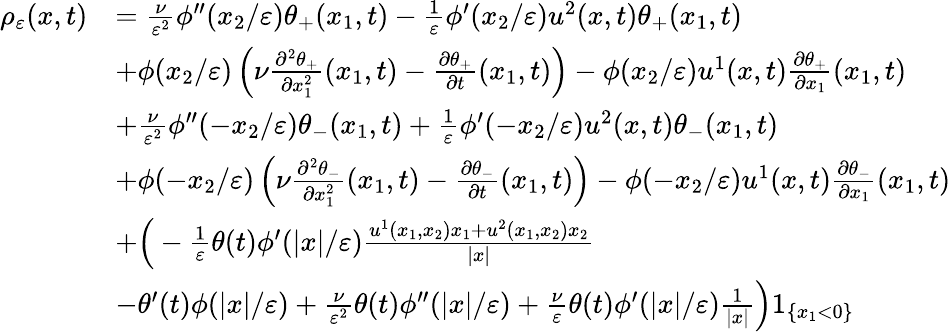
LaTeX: \begin{array}{rl}{\rho_{\varepsilon}(x,t)}&{=\frac{\nu}{\varepsilon^{2}}\phi^{\prime\prime}(x_{2}/\varepsilon)\theta_{+}(x_{1},t)-\frac{1}{\varepsilon}\phi^{\prime}(x_{2}/\varepsilon)u^{2}(x,t)\theta_{+}(x_{1},t)}\\ &{+\phi(x_{2}/\varepsilon)\left(\nu\frac{\partial^{2}\theta_{+}}{\partial x_{1}^{2}}(x_{1},t)-\frac{\partial\theta_{+}}{\partial t}(x_{1},t)\right)-\phi(x_{2}/\varepsilon)u^{1}(x,t)\frac{\partial\theta_{+}}{\partial x_{1}}(x_{1},t)}\\ &{+\frac{\nu}{\varepsilon^{2}}\phi^{\prime\prime}(-x_{2}/\varepsilon)\theta_{-}(x_{1},t)+\frac{1}{\varepsilon}\phi^{\prime}(-x_{2}/\varepsilon)u^{2}(x,t)\theta_{-}(x_{1},t)}\\ &{+\phi(-x_{2}/\varepsilon)\left(\nu\frac{\partial^{2}\theta_{-}}{\partial x_{1}^{2}}(x_{1},t)-\frac{\partial\theta_{-}}{\partial t}(x_{1},t)\right)-\phi(-x_{2}/\varepsilon)u^{1}(x,t)\frac{\partial\theta_{-}}{\partial x_{1}}(x_{1},t)}\\ &{+\Big(-\frac{1}{\varepsilon}\theta(t)\phi^{\prime}(|x|/\varepsilon)\frac{u^{1}(x_{1},x_{2})x_{1}+u^{2}(x_{1},x_{2})x_{2}}{|x|}}\\ &{-\theta^{\prime}(t)\phi(|x|/\varepsilon)+\frac{\nu}{\varepsilon^{2}}\theta(t)\phi^{\prime\prime}(|x|/\varepsilon)+\frac{\nu}{\varepsilon}\theta(t)\phi^{\prime}(|x|/\varepsilon)\frac{1}{|x|}\Big)1_{\{ x_{1}<0\} }}\end{array}